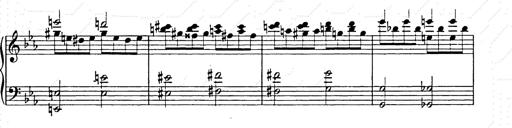
Title: Allegro di bravura
Composer: Carl Maria von Weber
Key: D major